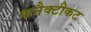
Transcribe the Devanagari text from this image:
कनैक्टीकट